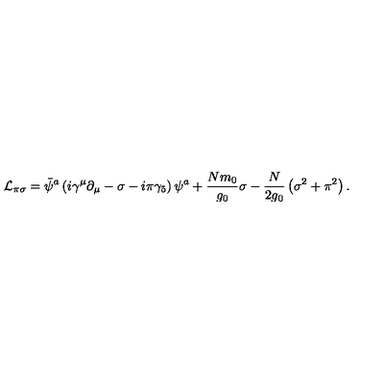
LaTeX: { \cal L } _ { \pi \sigma } = \bar { \psi } ^ { a } \left( i \gamma ^ { \mu } \partial _ { \mu } - \sigma - i \pi \gamma _ { 5 } \right) \psi ^ { a } + { \frac { N m _ { 0 } } { g _ { 0 } } } \sigma - { \frac { N } { 2 g _ { 0 } } } \left( \sigma ^ { 2 } + \pi ^ { 2 } \right) .